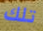
تلك